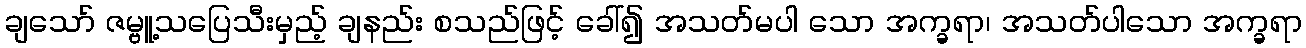
ချသော် ဇမ္ဗူ့သပြေသီးမှည့် ချနည်း စသည်ဖြင့် ခေါ်၍ အသတ်မပါ သော အက္ခရာ၊ အသတ်ပါသော အက္ခရာ